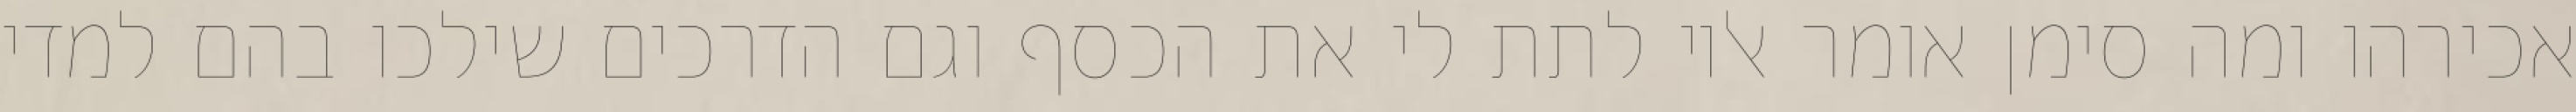
אכירהו ומה סימן אומר אליו לתת לי את הכסף וגם הדרכים שילכו בהם למדי